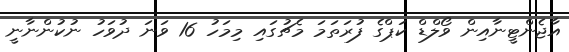
އާޖެންޓީނާއިން ވޯލްޑް ކަޕްގެ ފުރަތަމަ މެޗުގައި މިމަހު 16 ވަނަ ދުވަހު ނުކުންނާނީ